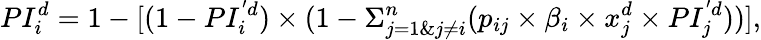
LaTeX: PI_{i}^{d}=1-[(1-PI_{i}^{'d})\times(1-\Sigma_{j=1\& j\ne i}^{n}(p_{ij}\times\beta_{i}\times x_{j}^{d}\times PI_{j}^{'d}))],